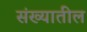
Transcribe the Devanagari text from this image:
संख्यातील